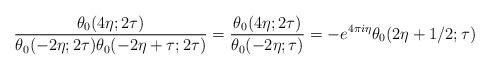
LaTeX: \begin{align*}\frac{\theta_0(4\eta; 2\tau)}{\theta_0(-2\eta; 2\tau) \theta_0(-2\eta + \tau; 2\tau)} = \frac{\theta_0(4\eta; 2\tau)}{\theta_0(-2\eta; \tau)} = - e^{4\pi i \eta} \theta_0(2\eta + 1/2; \tau)\end{align*}